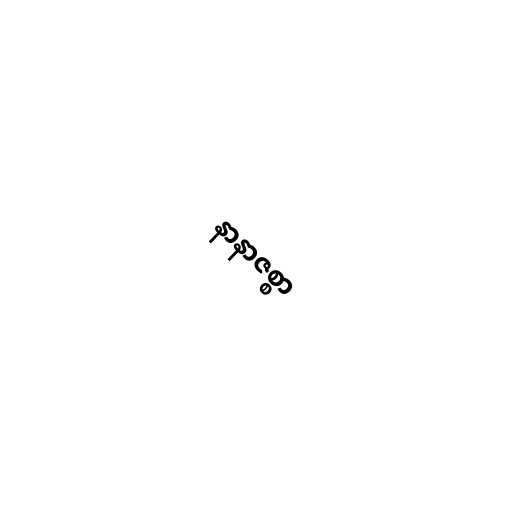
နာနာဇစ္စာ